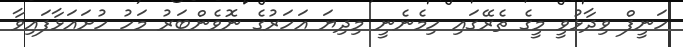
ހަނީފް ވިދާޅުވީ މީގެ ތެރޭގައި ހިމެނެނީ މިދިޔަ އަހަރުގެ ނޮވެންބަރު މަހު ހުށައަޅާފައިވާ